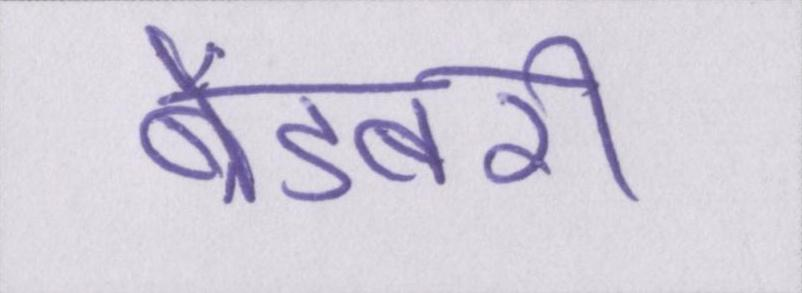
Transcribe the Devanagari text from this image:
ब्रैडबरी